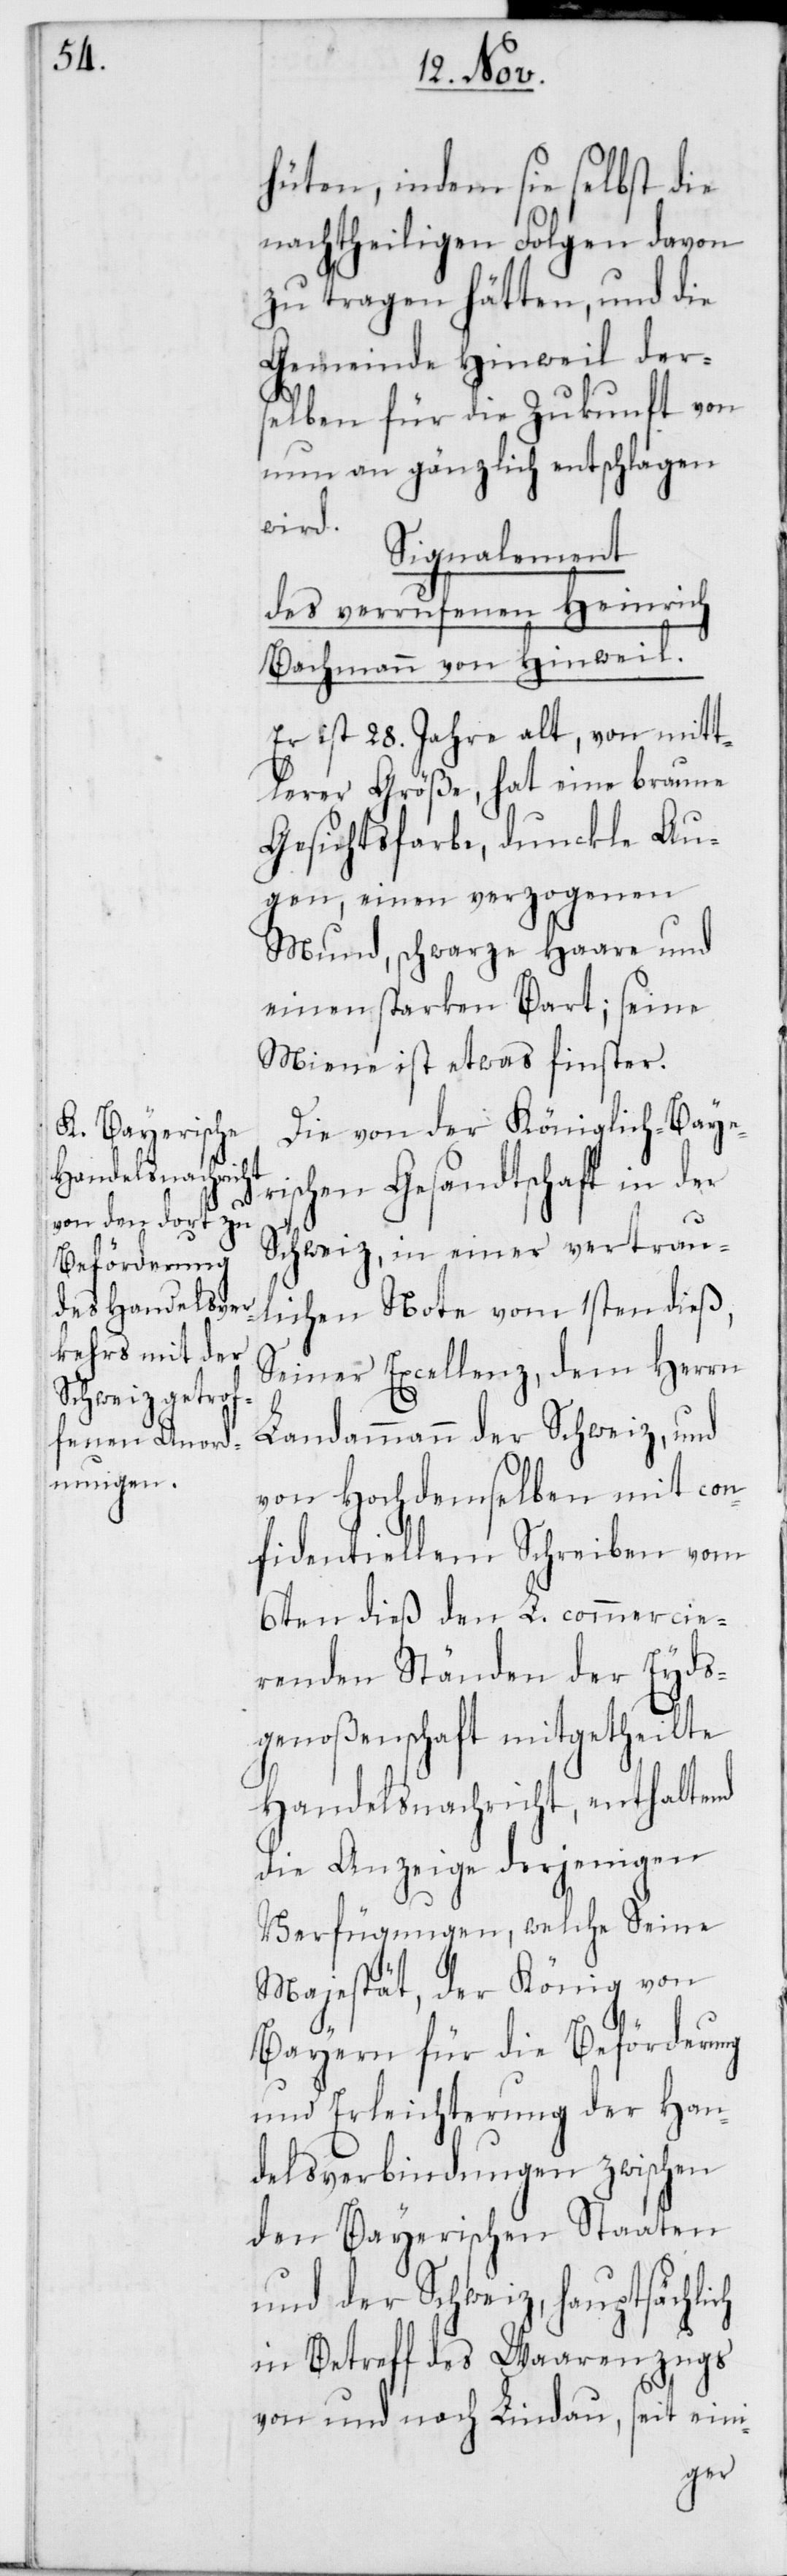
ch

hüten, indem sie selbst die
nachtheiligen Folgen davon
zu tragen hätten, und die
Gemeinde Hinweil der¬
selben für die Zukunft von
nun an gänzlich entschlagen
wird.
Signalement
des verrufenen Heinrich
Bachmann von Hinweil.
Er ist 28. Jahre alt, von mitt¬
lerer Größe, hat eine braune
Gesichtsfarbe, dunckle Au¬
gen, einen verzogenen
Mund, schwarze Haare und
einen starken Bart; seine
Miene ist etwas finster.
Die von der Königlich-Bayer¬
ischen Gesandtschaft in der
Schweiz, in einer vertrau¬
lichen Note vom 1sten dieß,
Seiner Excellenz, dem Herrn
Landammann der Schweiz, und
von Hochdemselben mit con¬
fidentiellem Schreiben vom
6ten dieß den L. commercie¬
renden Ständen der Eyds¬
genoßenschaft mitgetheilte
Handelsnachricht, enthaltend
die Anzeige derjenigen
Verfügungen, welche Seine
Majestät, der König von
Bayern für die Beförderung
und Erleichterung der Han¬
delsverbindungen zwischen
den Bayerischen Staaten
und der Schweiz, hauptsächli¬
in Betreff des Waarenzugs
von und nach Lindau, seit eini-